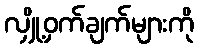
လျှို့ဝှက်ချက်များကို